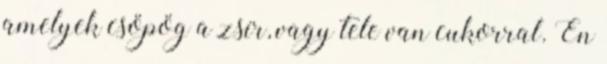
amelyek csöpög a zsír, vagy tele van cukorral. Én